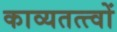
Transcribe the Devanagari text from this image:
काव्यतत्त्वों